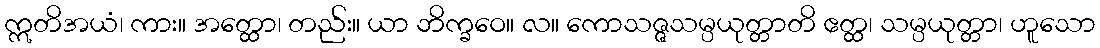
ဣတိအယံ၊ ကား။ အတ္ထော၊ တည်း။ ယာ ဘိက္ခဝေ။ လ။ ကောသဇ္ဇသမ္ပယုတ္တာတိ ဧတ္ထ၊ သမ္ပယုတ္တာ၊ ဟူသော